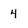
Character: 4